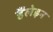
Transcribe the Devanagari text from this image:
हैंलेइन